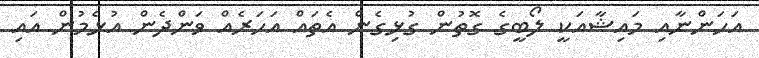
އަހަންނާއި މައިޝާއަކީ ލޯބީގެ ގޮތުން ގުޅިގެން އެތައް އަހަރެއް ވަންދެން އުޅެމުން އައި